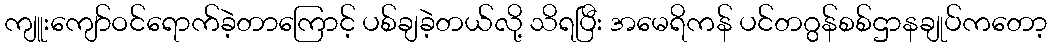
ကျူးကျော်ဝင်ရောက်ခဲ့တာကြောင့် ပစ်ချခဲ့တယ်လို့ သိရပြီး အမေရိကန် ပင်တဂွန်စစ်ဌာနချုပ်ကတော့